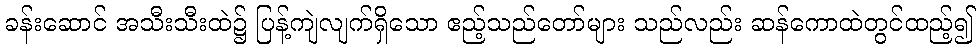
ခန်းဆောင် အသီးသီးထဲ၌ ပြန့်ကျဲလျက်ရှိသော ဧည့်သည်တော်များ သည်လည်း ဆန်ကောထဲတွင်ထည့်၍